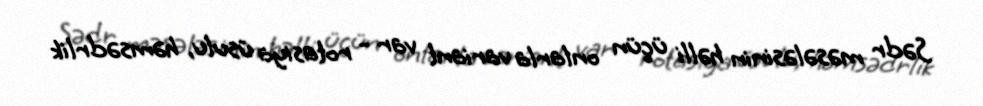
Sədr məsələsinin həlli üçün onlarla variant var - rotasiya üsulu, həmsədrlik